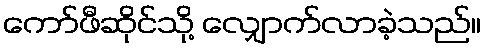
ကော်ဖီဆိုင်သို့ လျှောက်လာခဲ့သည်။